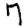
Digit: 7